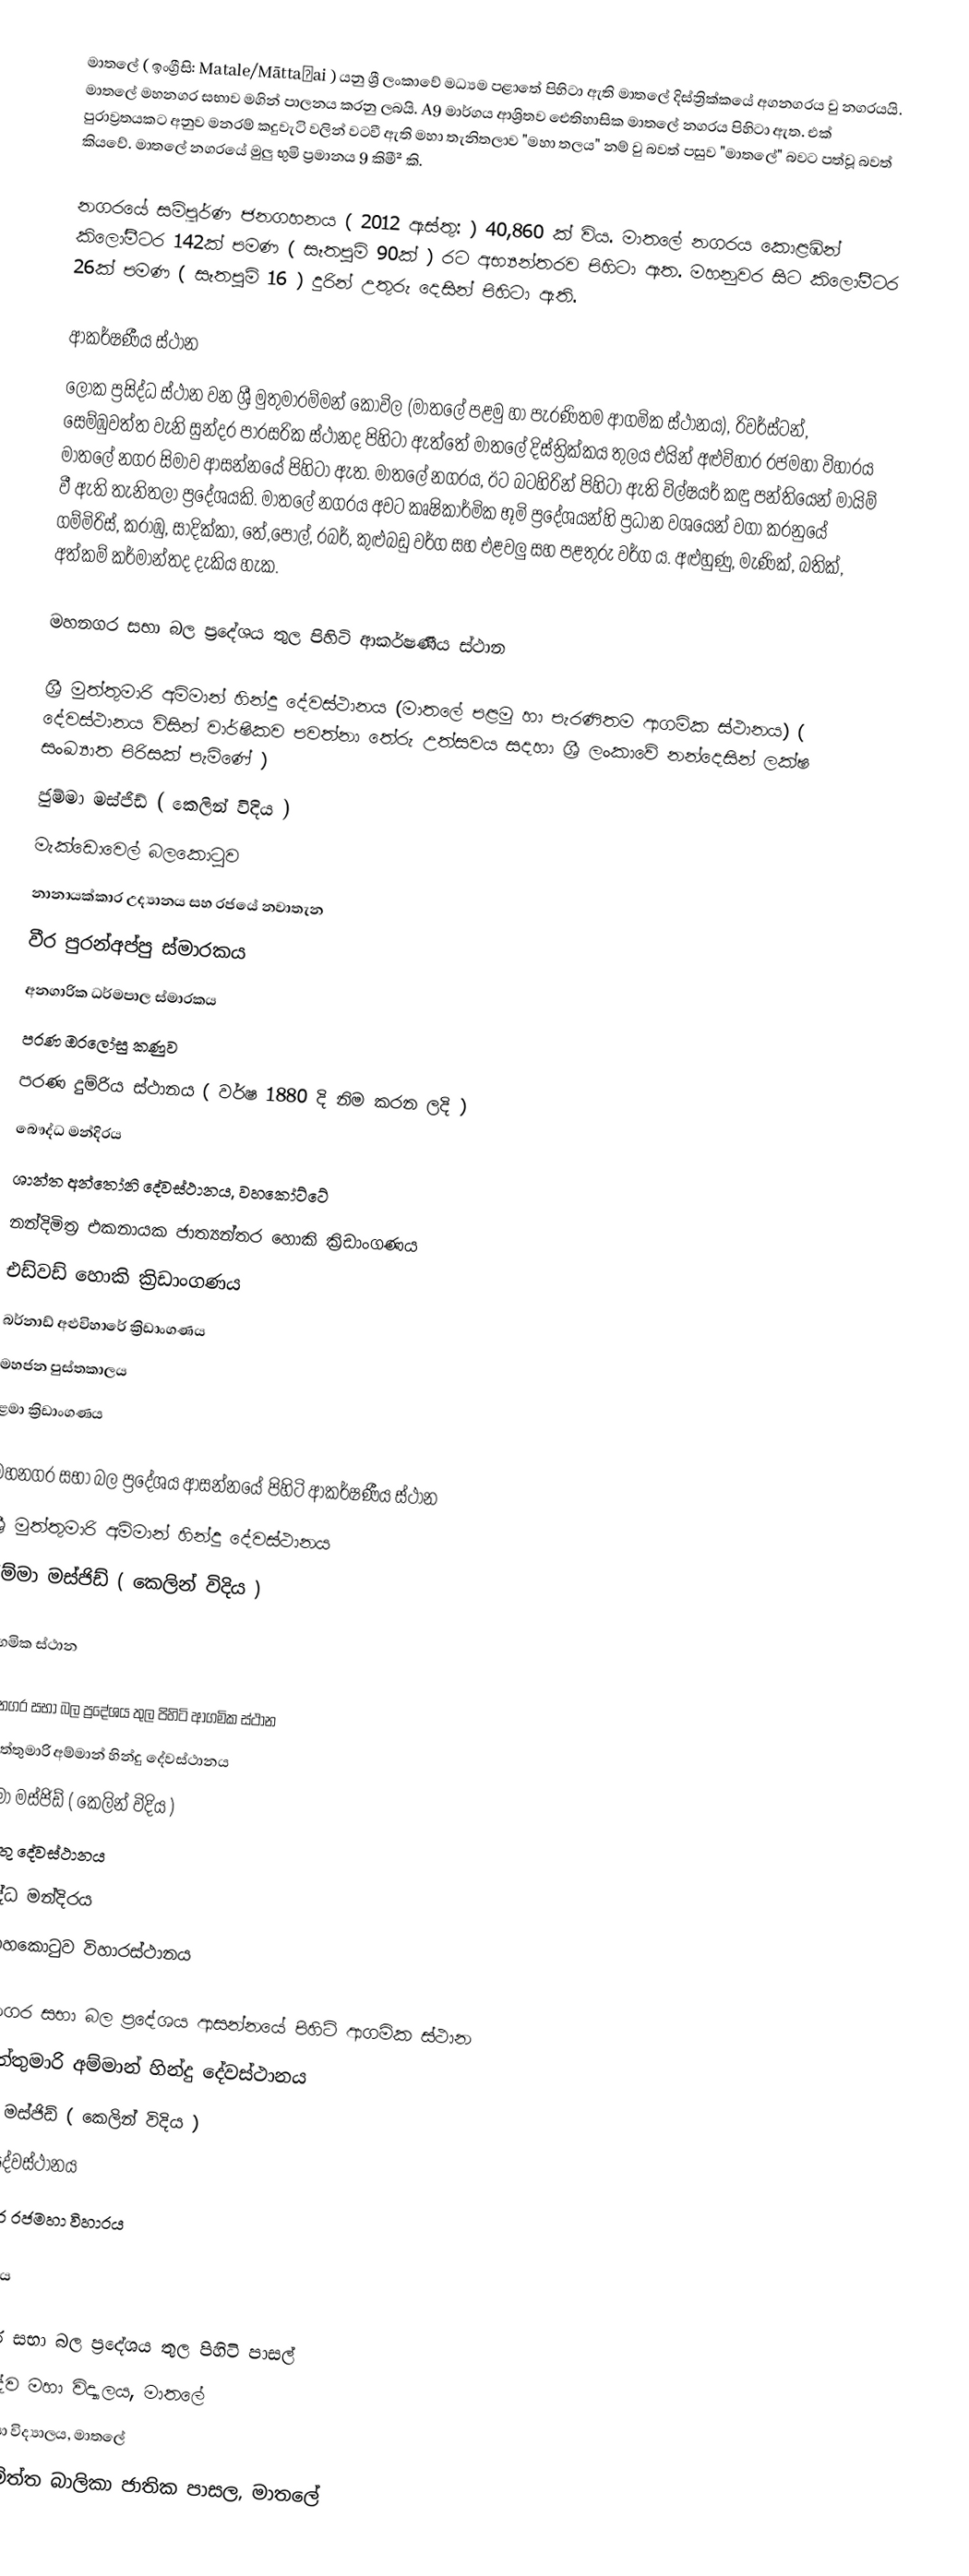
මාතලේ ( ඉංග්‍රීසි: Matale/Māttaḷai ) යනු ශ්‍රී ලංකාවේ මධ්‍යම පළාතේ පිහිටා ඇති මාතලේ දිස්ත්‍රික්කයේ අගනගරය වු නගරයයි. මාතලේ මහනගර සභාව මගින් පාලනය කරනු ලබයි. A9 මාර්ගය ආශ්‍රිතව ඓතිහාසික මාතලේ නගරය පිහිටා ඇත. එක් පුරාව්‍රතයකට අනුව  මනරම් කදුවැටි වලින් වටවී ඇති මහා තැනිතලාව "මහා තලය" නම් වු බවත් පසුව "මාතලේ" බවට පත්වූ බවත් කියවේ.  මාතලේ නගර‍යේ මුලු භුමි ප්‍රමානය 9 කිමී² කි.

නගර‍යේ සම්පූර්ණ ජනගහනය ( 2012 ඇස්තු: ) 40,860 ක් විය.  මාතලේ නගරය කොළඹින් කිලෝමීටර 142ක් පමණ ( සෑතපුම් 90ක් ) රට අභ්‍යන්තරව පිහිටා ඇත. මහනුවර සිට කිලෝමීටර 26ක් පමණ ( සෑතපුම් 16 ) දුරින් උතුරු දෙසින් පිහිටා ඇති.

ආකර්ෂණීය ස්ථාන
ලෝක ප්‍රසිද්ධ ස්ථාන වන ශ්‍රී මුතුමාරම්මන් කෝවිල (මාතලේ පළමු හා පැරණිතම ආගමික ස්ථානය), රිවර්ස්ටන්, සෙම්ඹුවත්ත වැනි සුන්දර පාරසරික ස්ථානද පිහිටා ඇත්තේ මාතලේ දිස්ත්‍රික්කය තුලය එයින් අළුවිහාර රජමහා විහාරය මාතලේ නගර සිමාව ආසන්නයේ පිහිටා ඇත. මාතලේ නගරය, ඊට බටහිරින් පිහිටා ඇති විල්ෂයර් කඳු පන්තියෙන් මායිම් වී  ඇ‍ති තැනිතලා ප්‍රදේශයකි. මාතලේ නගරය අවට කෘෂිකාර්මික භූමි ප්‍රදේශයන්හි ප්‍රධාන වශයෙන් වගා කරනුයේ ගම්මිරිස්, කරාඹු, සාදික්කා, තේ,පොල්, රබර්, කුළුබඩු වර්ග සහ එළවලු සහ පළතුරු වර්ග ය. අළුහුණු, මැණික්, බතික්, අත්කම් කර්මාන්තද දැකිය හැක.

මහනගර සභා බල ප්‍රදේශය තුල පිහිටි ආකර්ෂණීය ස්ථාන

ශ්‍රී මුත්තුමාරි අම්මාන් හින්දු දේවස්ථානය (මාතලේ පළමු හා පැරණිතම ආගමික ස්ථානය) ( දේවස්ථානය විසින් වාර්ෂිකව පවත්නා තේරු උත්සවය සදහා ශ්‍රී ලංකාවේ නන්දෙසින් ලක්ෂ සංඛ්‍යාත පිරිසක් පැමිණේ )
ජුම්මා මස්ජිඩ් ( කෙලින් විදිය )
මැක්ඩොවෙල් බලකොටුව
නානායක්කාර උද්‍යානය සහ රජයේ නවාතැන
වීර පුරන්අප්පු ස්මාරකය
අනගාරික ධර්මපාල ස්මාරකය
පරණ ඔරලෝසු කණුව
පරණ දුම්රිය ස්ථානය ( වර්ෂ 1880 දි නිම කරන ලදි )
බෞද්ධ මන්දිරය
ශාන්ත අන්තෝනි දේවස්ථානය, වහකෝට්ටේ
නන්දිමිත්‍ර එකනායක ජාත්‍යන්තර හොකි ක්‍රිඩාංගණය
එඩ්වඩ් හොකි ක්‍රිඩාංගණය
බර්නාඩ් අළුවිහාරේ ක්‍රිඩාංගණය
මහජන පුස්තකාලය
ළමා ක්‍රිඩාංගණය

මහනගර සභා බල ප්‍රදේශය ආසන්නයේ පිහිටි ආකර්ෂණීය ස්ථාන
ශ්‍රී මුත්තුමාරි අම්මාන් හින්දු දේවස්ථානය
ජුම්මා මස්ජිඩ් ( කෙලින් විදිය )

ආගමික ස්ථාන

මහනගර සභා බල ප්‍රදේශය තුල පිහිටි ආගමික ස්ථාන
ශ්‍රී මුත්තුමාරි අම්මාන් හින්දු දේවස්ථානය
ජුම්මා මස්ජිඩ් ( කෙලින් විදිය )
ක්‍රිස්තු දේවස්ථානය
බෞද්ධ මන්දිරය
බෝගහකොටුව විහාරස්ථානය

මහනගර සභා බල ප්‍රදේශය ආසන්නයේ පිහිටි ආගමික ස්ථාන
ශ්‍රී මුත්තුමාරි අම්මාන් හින්දු දේවස්ථානය
ජුම්මා මස්ජිඩ් ( කෙලින් විදිය )
ක්‍රිස්තු දේවස්ථානය
අළුවිහාර රජමහා විහාරය

අධ්‍යාපනය

මහනගර සභා බල ප්‍රදේශය තුල පිහිටි පාසල්
ක්‍රිස්තුදේව මහා විද්‍යාලය, මාතලේ
රජයේ විද්‍යා විද්‍යාලය, මාතලේ
ශ්‍රී සංඝමිත්ත බාලිකා ජාතික පාසල, මාතලේ